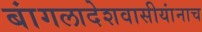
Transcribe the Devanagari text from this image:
बांगलादेशवासीयांनाच